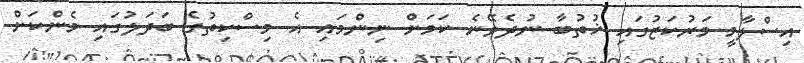
އިސްލާމީ މަރުކަޒުގައި ޚުތުބާ ނުދެވޭނެ ކަމަށް ނިންމައި އެ މިސްކިތުގެ ބަދަލުގައި މެންކަށް